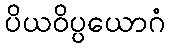
ပိယဝိပ္ပယောဂံ